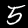
Digit: 5